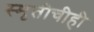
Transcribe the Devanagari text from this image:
स्मृतीचीही